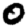
Digit: 0